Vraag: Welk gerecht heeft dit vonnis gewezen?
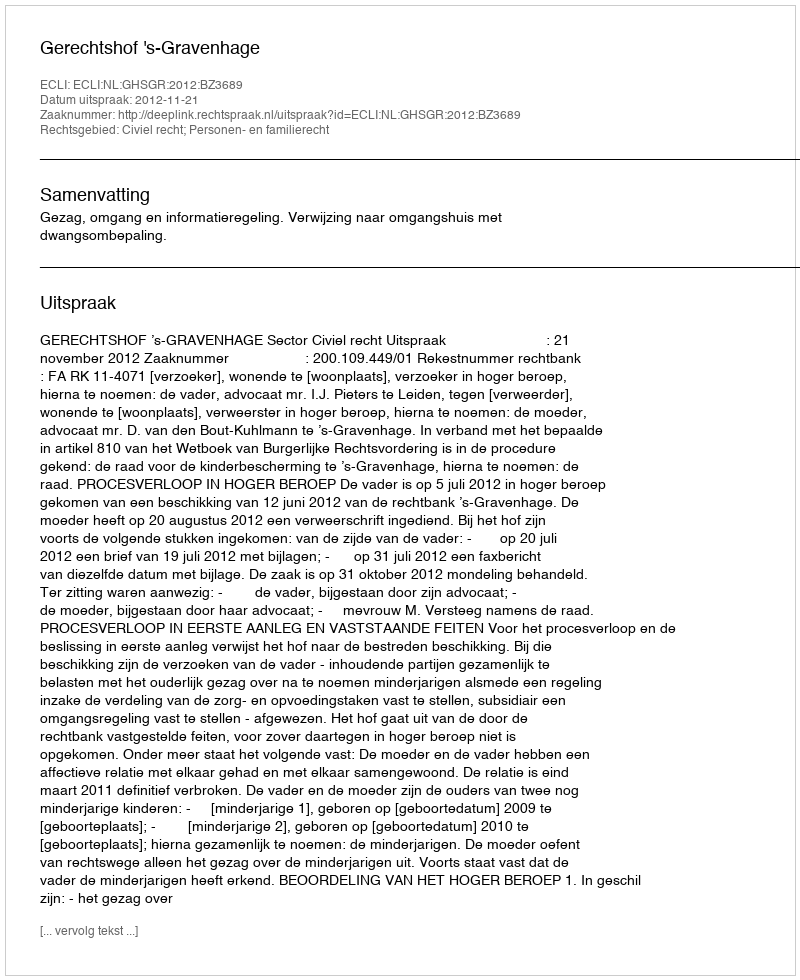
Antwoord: Gerechtshof 's-Gravenhage